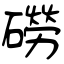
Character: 磱